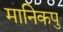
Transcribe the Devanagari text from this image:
मानिकपु